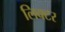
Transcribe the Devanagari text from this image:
लिक्टर